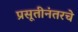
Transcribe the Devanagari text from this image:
प्रसूतीनंतरचे